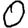
Digit: 0